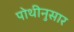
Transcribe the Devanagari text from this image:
पोथीनुसार